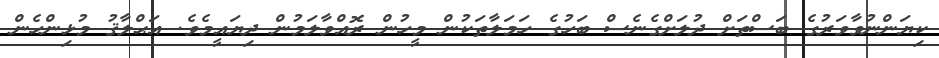
ކިޔަންނުވާވަރުގެ ބަސްތަށް ދުލަށްގެނެސް ބަހުގެ ހަމަލާތަކުން މީހުން ރޮއްވާލަމުން ދިޔައީމެވެ. އަޙްލާޤު މުޅިންހެން